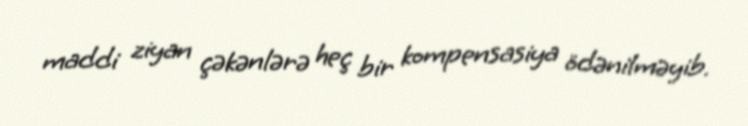
maddi ziyan çəkənlərə heç bir kompensasiya ödənilməyib.